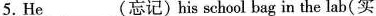
5. He ___(忘记)his school bag in the lab(实